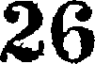
26